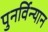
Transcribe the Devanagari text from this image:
पुनर्विन्यान